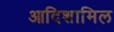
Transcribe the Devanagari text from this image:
आदिशामिल